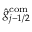
\hat { g } _ { j - 1 / 2 } ^ { \mathrm { c o m } }